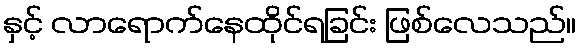
နှင့် လာရောက်နေထိုင်ရခြင်း ဖြစ်လေသည်။